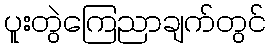
ပူးတွဲကြေညာချက်တွင်